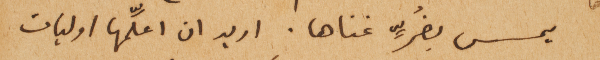
يمس بضُرٍّ غناها. اريد ان اعلِّمها اوليات